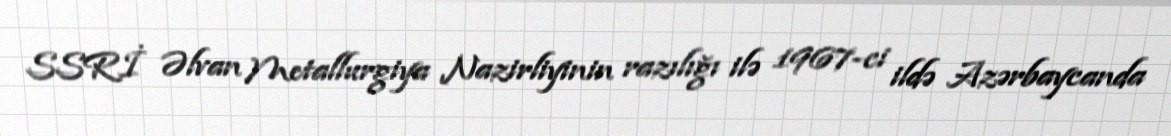
SSRİ Əlvan Metallurgiya Nazirliyinin razılığı ilə 1967-ci ildə Azərbaycanda